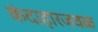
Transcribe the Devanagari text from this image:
कंदाहारजवळ